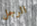
الرجل